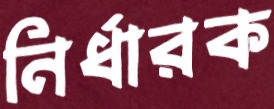
নির্ধারক